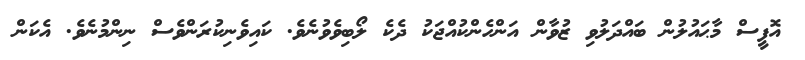
އޮފީސް މާޙައުލުން ބައްދަލުވި ޒުވާން އަންހެންކުއްޖަކު ދެކެ ލޯބިވެވުނެވެ. ކައިވެނިކުރަންވެސް ނިންމުނެވެ. އެކަން